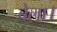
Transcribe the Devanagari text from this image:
बेला।